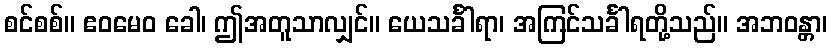
စင်စစ်။ ဧဝမေဝ ခေါ၊ ဤအတူသာလျှင်။ ယေသင်္ခါရာ၊ အကြင်သင်္ခါရတို့သည်။ အဘဝန္တာ၊